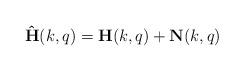
LaTeX: \begin{align*}\mathbf{\hat{H}}(k,q)=\mathbf{H}(k,q)+\mathbf{N}(k,q)\end{align*}